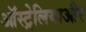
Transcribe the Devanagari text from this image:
ऑस्ट्रेलियाऔर